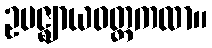
ဥပဇ္ဈာယဝတ္တကထာ။